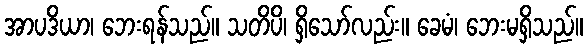
အာပဒိယာ၊ ဘေးရန်သည်။ သတိပိ၊ ရှိသော်လည်း။ ခေမံ၊ ဘေးမရှိသည်။